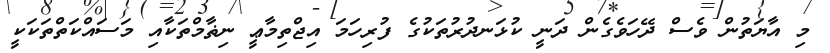
މި އާޔަތުން ވެސް ދޭހަވެގެން ދަނީ ކުޅަނދުރުތަކުގެ ފުރިހަމަ އިޖްތިމާޢީ ނިޡާމްތަކާއި މަސައްކަތްތަކަކީ